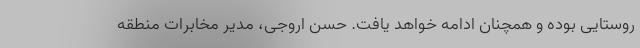
روستایی بوده و همچنان ادامه خواهد یافت. حسن اروجی، مدیر مخابرات منطقه